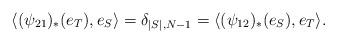
LaTeX: \begin{align*}\langle(\psi_{21})_*(e_T), e_S\rangle = \delta_{|S|,N-1} = \langle(\psi_{12})_*(e_S), e_T \rangle.\end{align*}